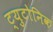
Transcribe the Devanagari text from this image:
ट्युटोनिक